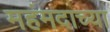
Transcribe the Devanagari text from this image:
महंमदाच्या